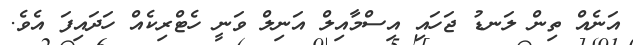
އަނެއް ތިން ލަނޑު ޖަހައި އިސްމާއިލް އަނިލް ވަނީ ހެޓްރިކެއް ހަދައިފަ އެވެ.